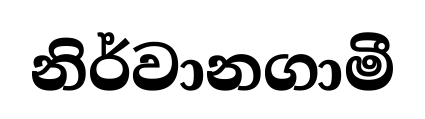
නිර්වානගාමී